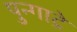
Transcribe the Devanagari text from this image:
पुन्गाट्रे